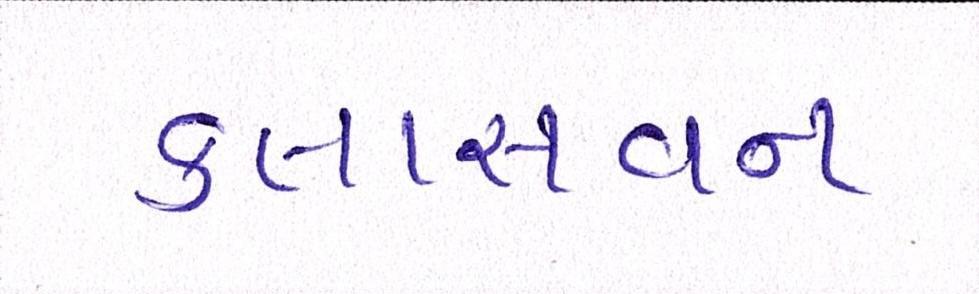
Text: કલાસ-વન